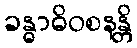
ခန္ဓာဓိဝစနန္တိ